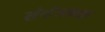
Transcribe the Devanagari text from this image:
संयंत्रएक